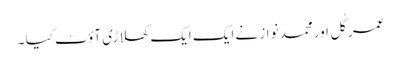
عمر گُل اور محمد نواز نے ایک ایک کھلاڑی آؤٹ کیا ۔